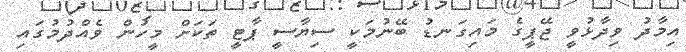
އިމާދު ވިދާޅުވީ ޖޭޕީގެ މައިގަނޑު ބޭނުމަކީ ސިޔާސީ ޕާޓީ ތަކަށް މީހުން ވެއްދުމުގައި